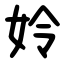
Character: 姈